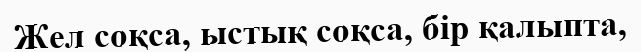
Жел соқса, ыстық соқса, бір қалыпта,